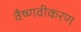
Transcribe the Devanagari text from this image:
वैष्णवीकरण